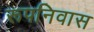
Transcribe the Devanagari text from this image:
रूपनिवास